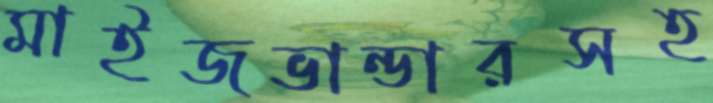
মাইজভান্ডারসহ